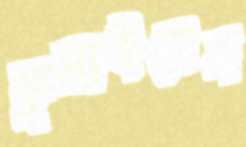
ফুলাইবেন